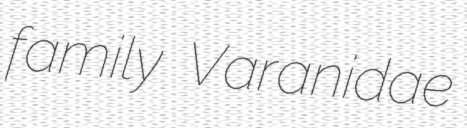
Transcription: family Varanidae